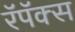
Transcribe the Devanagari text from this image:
रॅपॅक्स